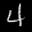
Label: 4